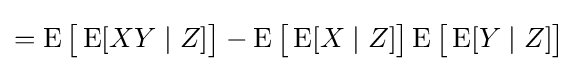
=\operatorname {E} {\big [}\operatorname {E} [XY\mid Z]{\big ]}-\operatorname {E} {\big [}\operatorname {E} [X\mid Z]{\big ]}\operatorname {E} {\big [}\operatorname {E} [Y\mid Z]{\big ]}